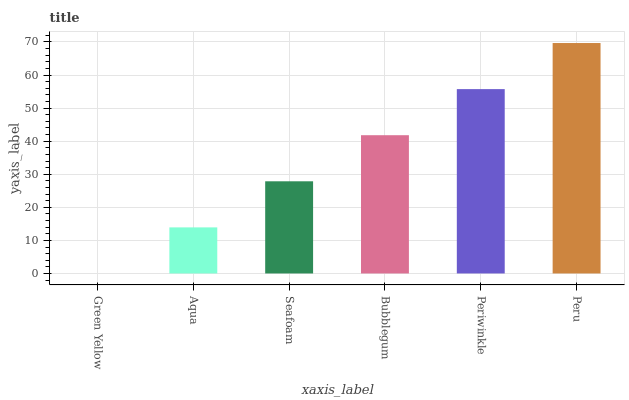
| xaxis_label | bars |
 | --- | --- |
 | Green Yellow | 0 |
 | Aqua | 13.9 |
 | Seafoam | 27.9 |
 | Bubblegum | 41.8 |
 | Periwinkle | 55.7 |
 | Peru | 69.7 |